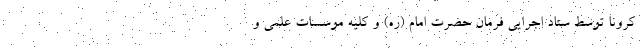
کرونا توسط ستاد اجرایی فرمان حضرت امام (ره) و کلیه موسسات علمی و